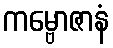
ကမ္ဗောဇာနံ